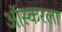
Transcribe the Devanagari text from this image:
ऑस्करला